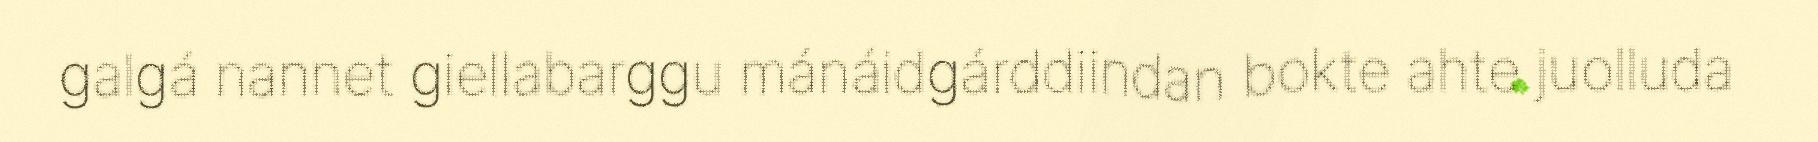
galgá nannet giellabarggu mánáidgárddiindan bokte ahte juolluda